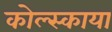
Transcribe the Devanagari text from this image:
कोल्स्काया